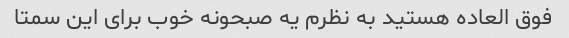
فوق العاده هستید به نظرم یه صبحونه خوب برای این سمتا